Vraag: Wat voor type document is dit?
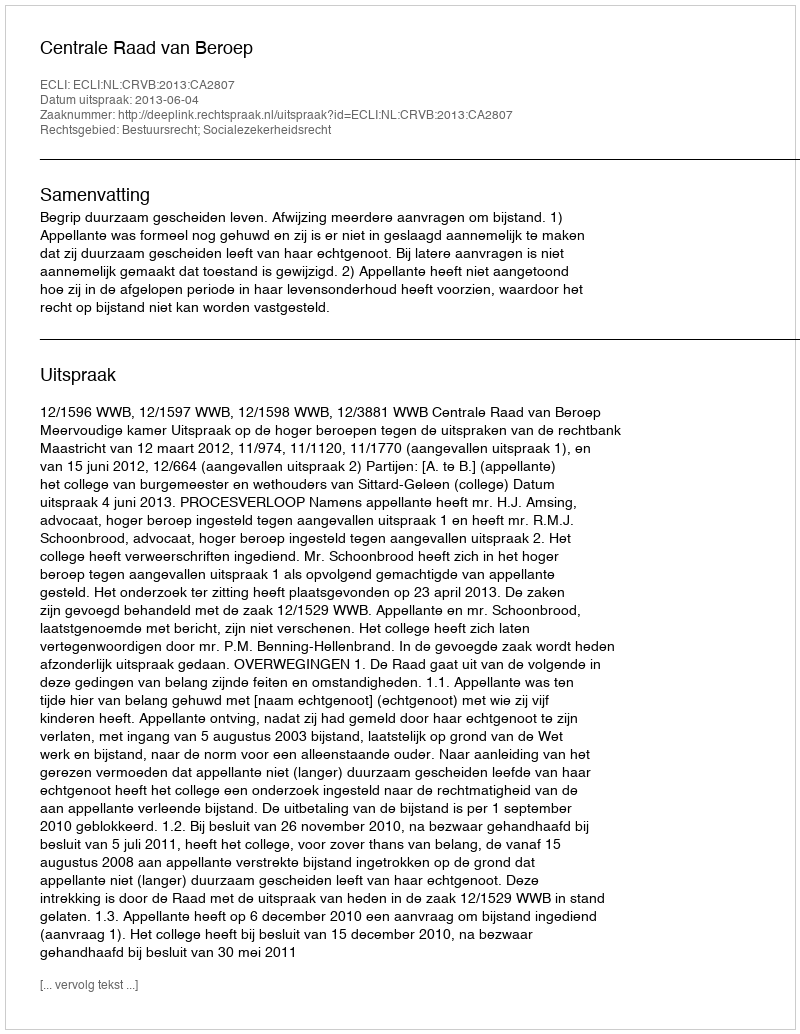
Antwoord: Uitspraak